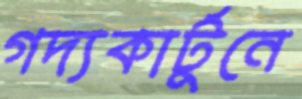
গদ্যকার্টুনে